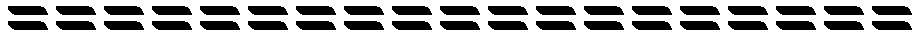
===================